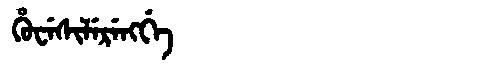
Manchu: ᡥᡠᠸᡝᠰᡳᠯᡝᡵᡝᠩᡤᡝ
Romanization: HUWESILERENGGE